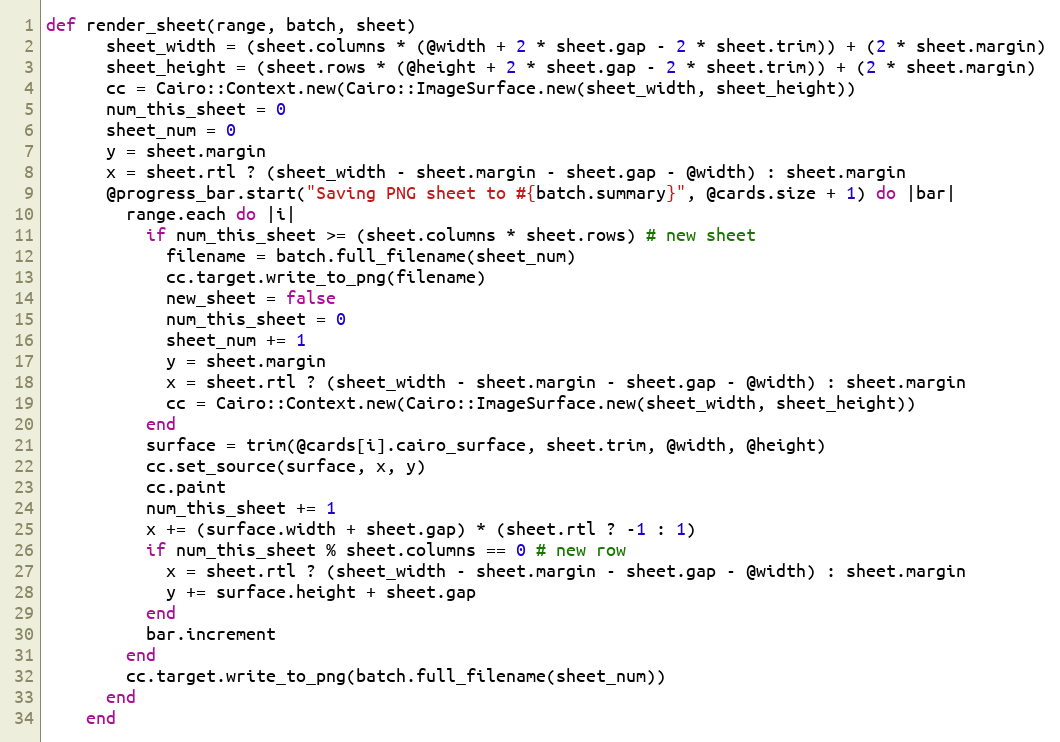
Language: Ruby
def render_sheet(range, batch, sheet)
      sheet_width = (sheet.columns * (@width + 2 * sheet.gap - 2 * sheet.trim)) + (2 * sheet.margin)
      sheet_height = (sheet.rows * (@height + 2 * sheet.gap - 2 * sheet.trim)) + (2 * sheet.margin)
      cc = Cairo::Context.new(Cairo::ImageSurface.new(sheet_width, sheet_height))
      num_this_sheet = 0
      sheet_num = 0
      y = sheet.margin
      x = sheet.rtl ? (sheet_width - sheet.margin - sheet.gap - @width) : sheet.margin
      @progress_bar.start("Saving PNG sheet to #{batch.summary}", @cards.size + 1) do |bar|
        range.each do |i|
          if num_this_sheet >= (sheet.columns * sheet.rows) # new sheet
            filename = batch.full_filename(sheet_num)
            cc.target.write_to_png(filename)
            new_sheet = false
            num_this_sheet = 0
            sheet_num += 1
            y = sheet.margin
            x = sheet.rtl ? (sheet_width - sheet.margin - sheet.gap - @width) : sheet.margin
            cc = Cairo::Context.new(Cairo::ImageSurface.new(sheet_width, sheet_height))
          end
          surface = trim(@cards[i].cairo_surface, sheet.trim, @width, @height)
          cc.set_source(surface, x, y)
          cc.paint
          num_this_sheet += 1
          x += (surface.width + sheet.gap) * (sheet.rtl ? -1 : 1)
          if num_this_sheet % sheet.columns == 0 # new row
            x = sheet.rtl ? (sheet_width - sheet.margin - sheet.gap - @width) : sheet.margin
            y += surface.height + sheet.gap
          end
          bar.increment
        end
        cc.target.write_to_png(batch.full_filename(sheet_num))
      end
    end